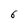
Character: 6